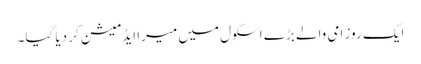
ایک روز امی والے بڑے اسکول میں میرا ایڈمیشن کر دیا گیا۔